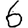
Digit: 6